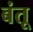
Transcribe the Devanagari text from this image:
बंतू